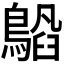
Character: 𬷥